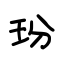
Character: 玢